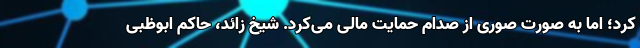
کرد؛ اما به صورت صوری از صدام حمایت مالی می‌کرد. شیخ زائد، حاکم ابوظبی